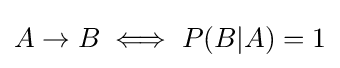
A\to B\iff P(B|A)=1